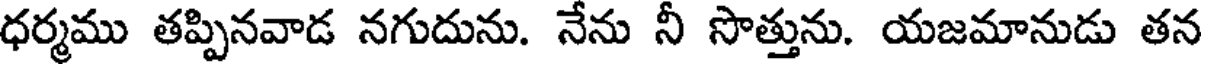
ధర్మము తప్పినవాడ నగుదును. నేను నీ సొత్తును. యజమానుడు తన